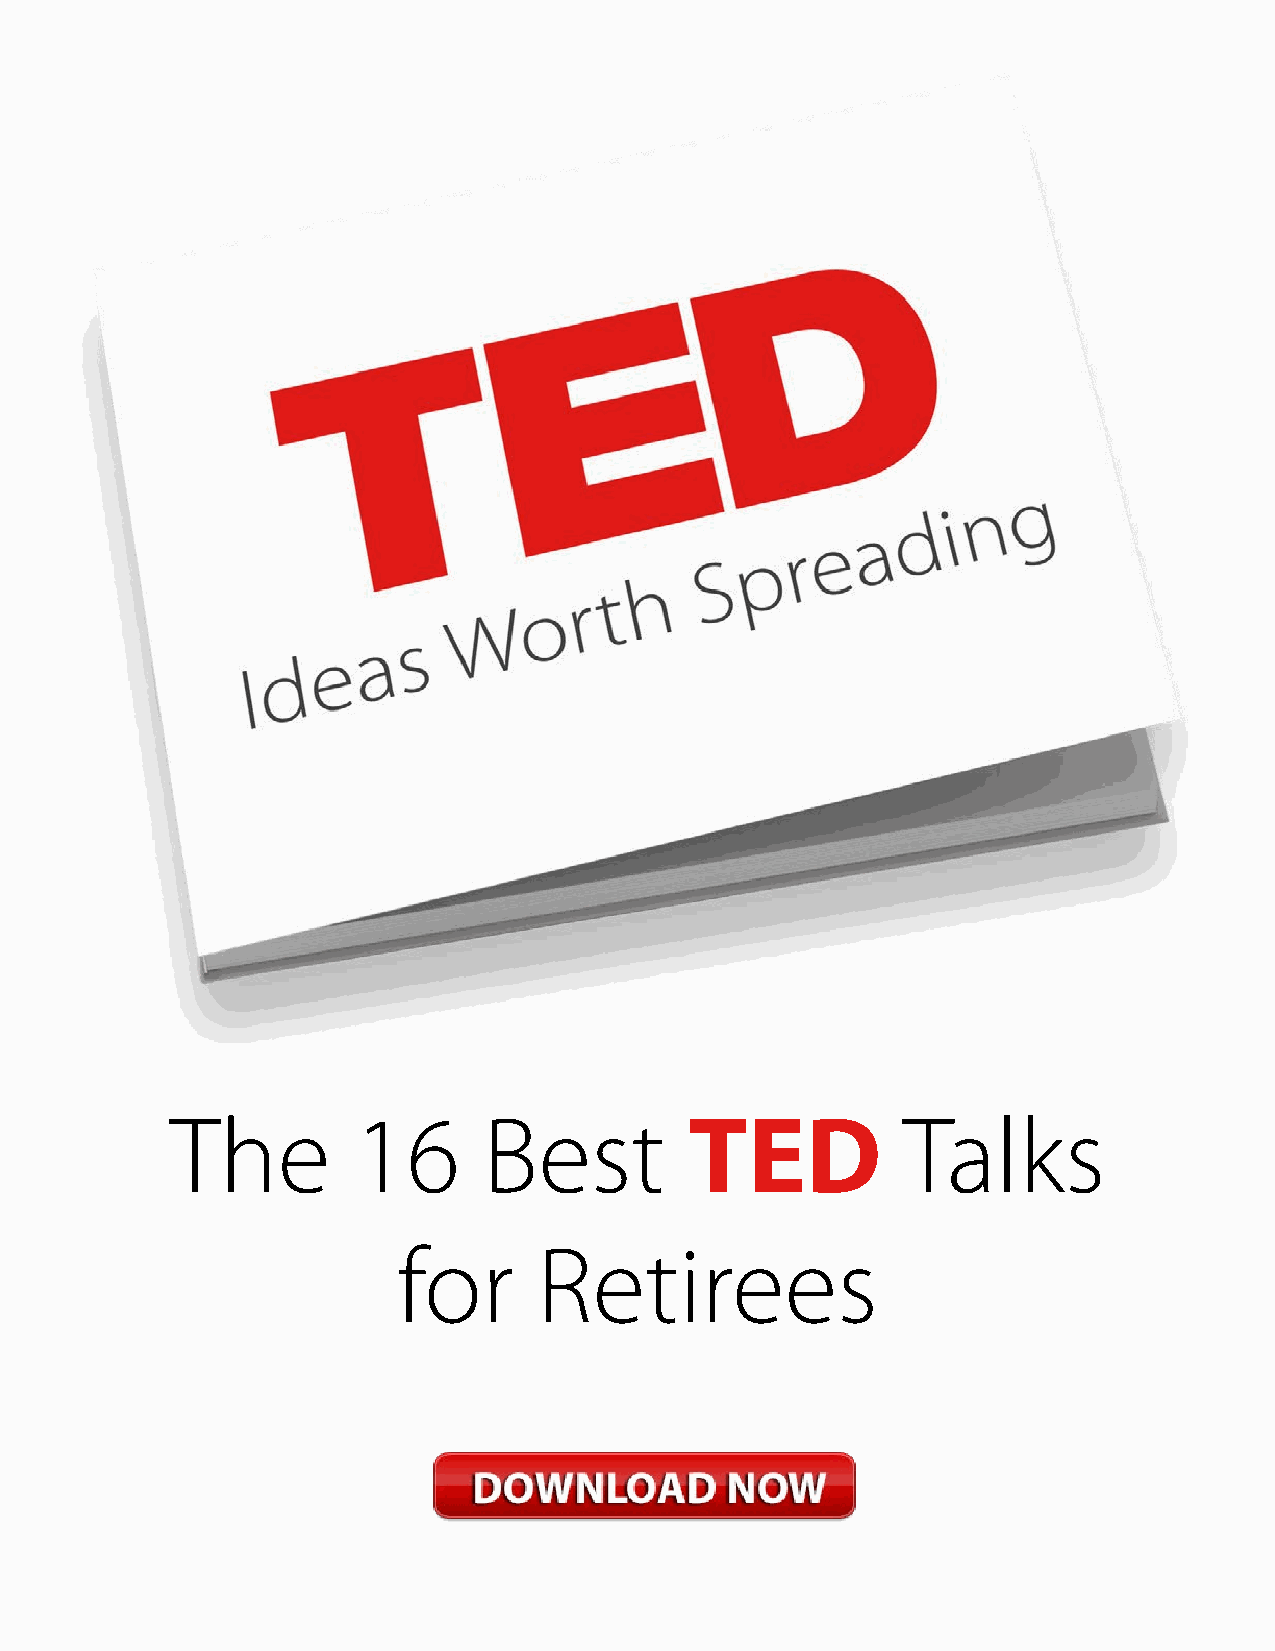
The         16       Best          TED           Talks
 for       Retirees